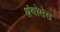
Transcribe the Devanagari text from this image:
थ्रंबोसेस